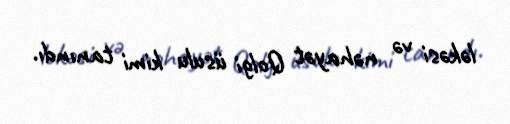
ləkəsi və nəhayət Qolgi üsulu kimi tanındı.